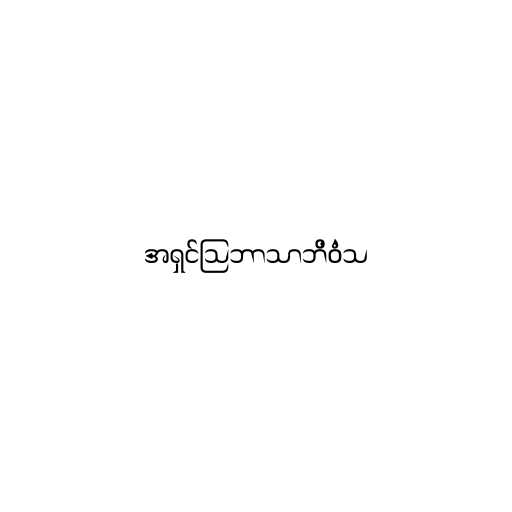
အရှင်သြဘာသာဘိဝံသ